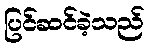
ပြင်ဆင်ခဲ့သည်